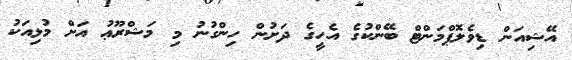
އޭޝިއަން ޑިވެލޮޕްމަންޓް ބޭންކުގެ އެހީގެ ދަށުން ހިންގުނު މި މަޝްރޫޢު އަށް މުޅިއަކު